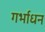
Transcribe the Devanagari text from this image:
गर्भाधन